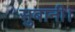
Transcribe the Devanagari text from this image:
सुबानी।